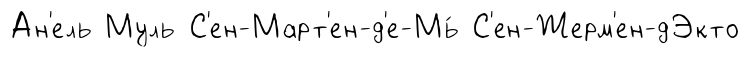
Ан'ель Муль С'ен-Март'ен-д'е-Мь́ С'ен-Жерм'ен-дЭкто